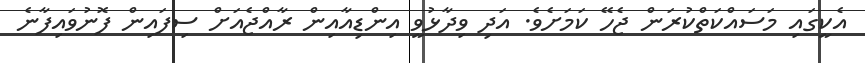
އެކީގައި މަސައްކަތްކުރަން ޖެހޭ ކަމަށެވެ. އަދި ވިދާޅުވީ އިންޑިއާއިން ރާއްޖެއަށް ސިފައިން ފޮނުވައިފާނެ